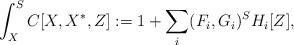
LaTeX: \begin{align*}\int^S_X C[X, X^*, Z]:=1+\sum_i (F_i, G_i)^S H_i[Z],\end{align*}